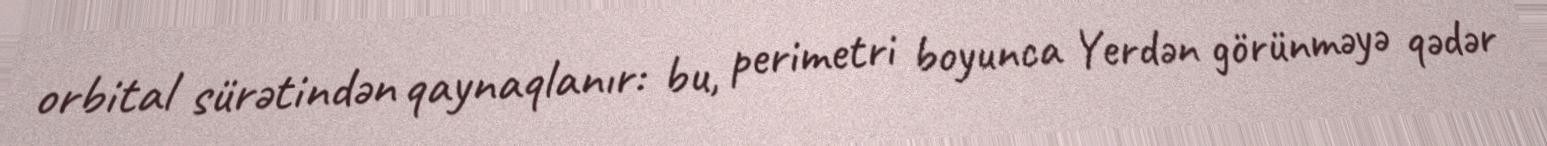
orbital sürətindən qaynaqlanır: bu, perimetri boyunca Yerdən görünməyə qədər